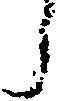
う